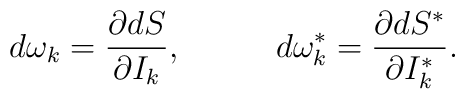
d\omega_{k}=\frac{\partial dS}{\partial I_{k}},\;\;\;\;\;\;\;\;\;\;d\omega_{k}^{*}=\frac{\partial dS^{*}}{\partial I_{k}^{*}}.